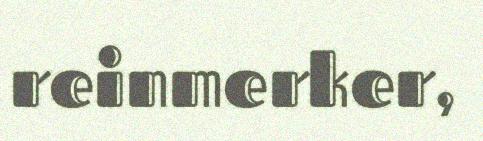
reinmerker,